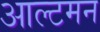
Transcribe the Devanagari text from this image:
आल्टमन